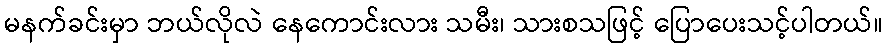
မနက်ခင်းမှာ ဘယ်လိုလဲ နေကောင်းလား သမီး၊ သားစသဖြင့် ပြောပေးသင့်ပါတယ်။